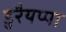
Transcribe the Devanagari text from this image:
डुरैयप्पा